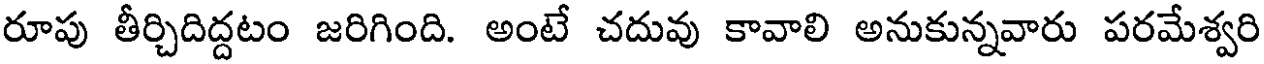
రూపు తీర్చిదిద్దటం జరిగింది. అంటే చదువు కావాలి అనుకున్నవారు పరమేశ్వరి